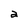
Character: a